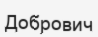
Добрович